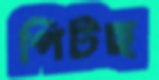
পিটছ